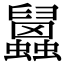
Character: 𧕧